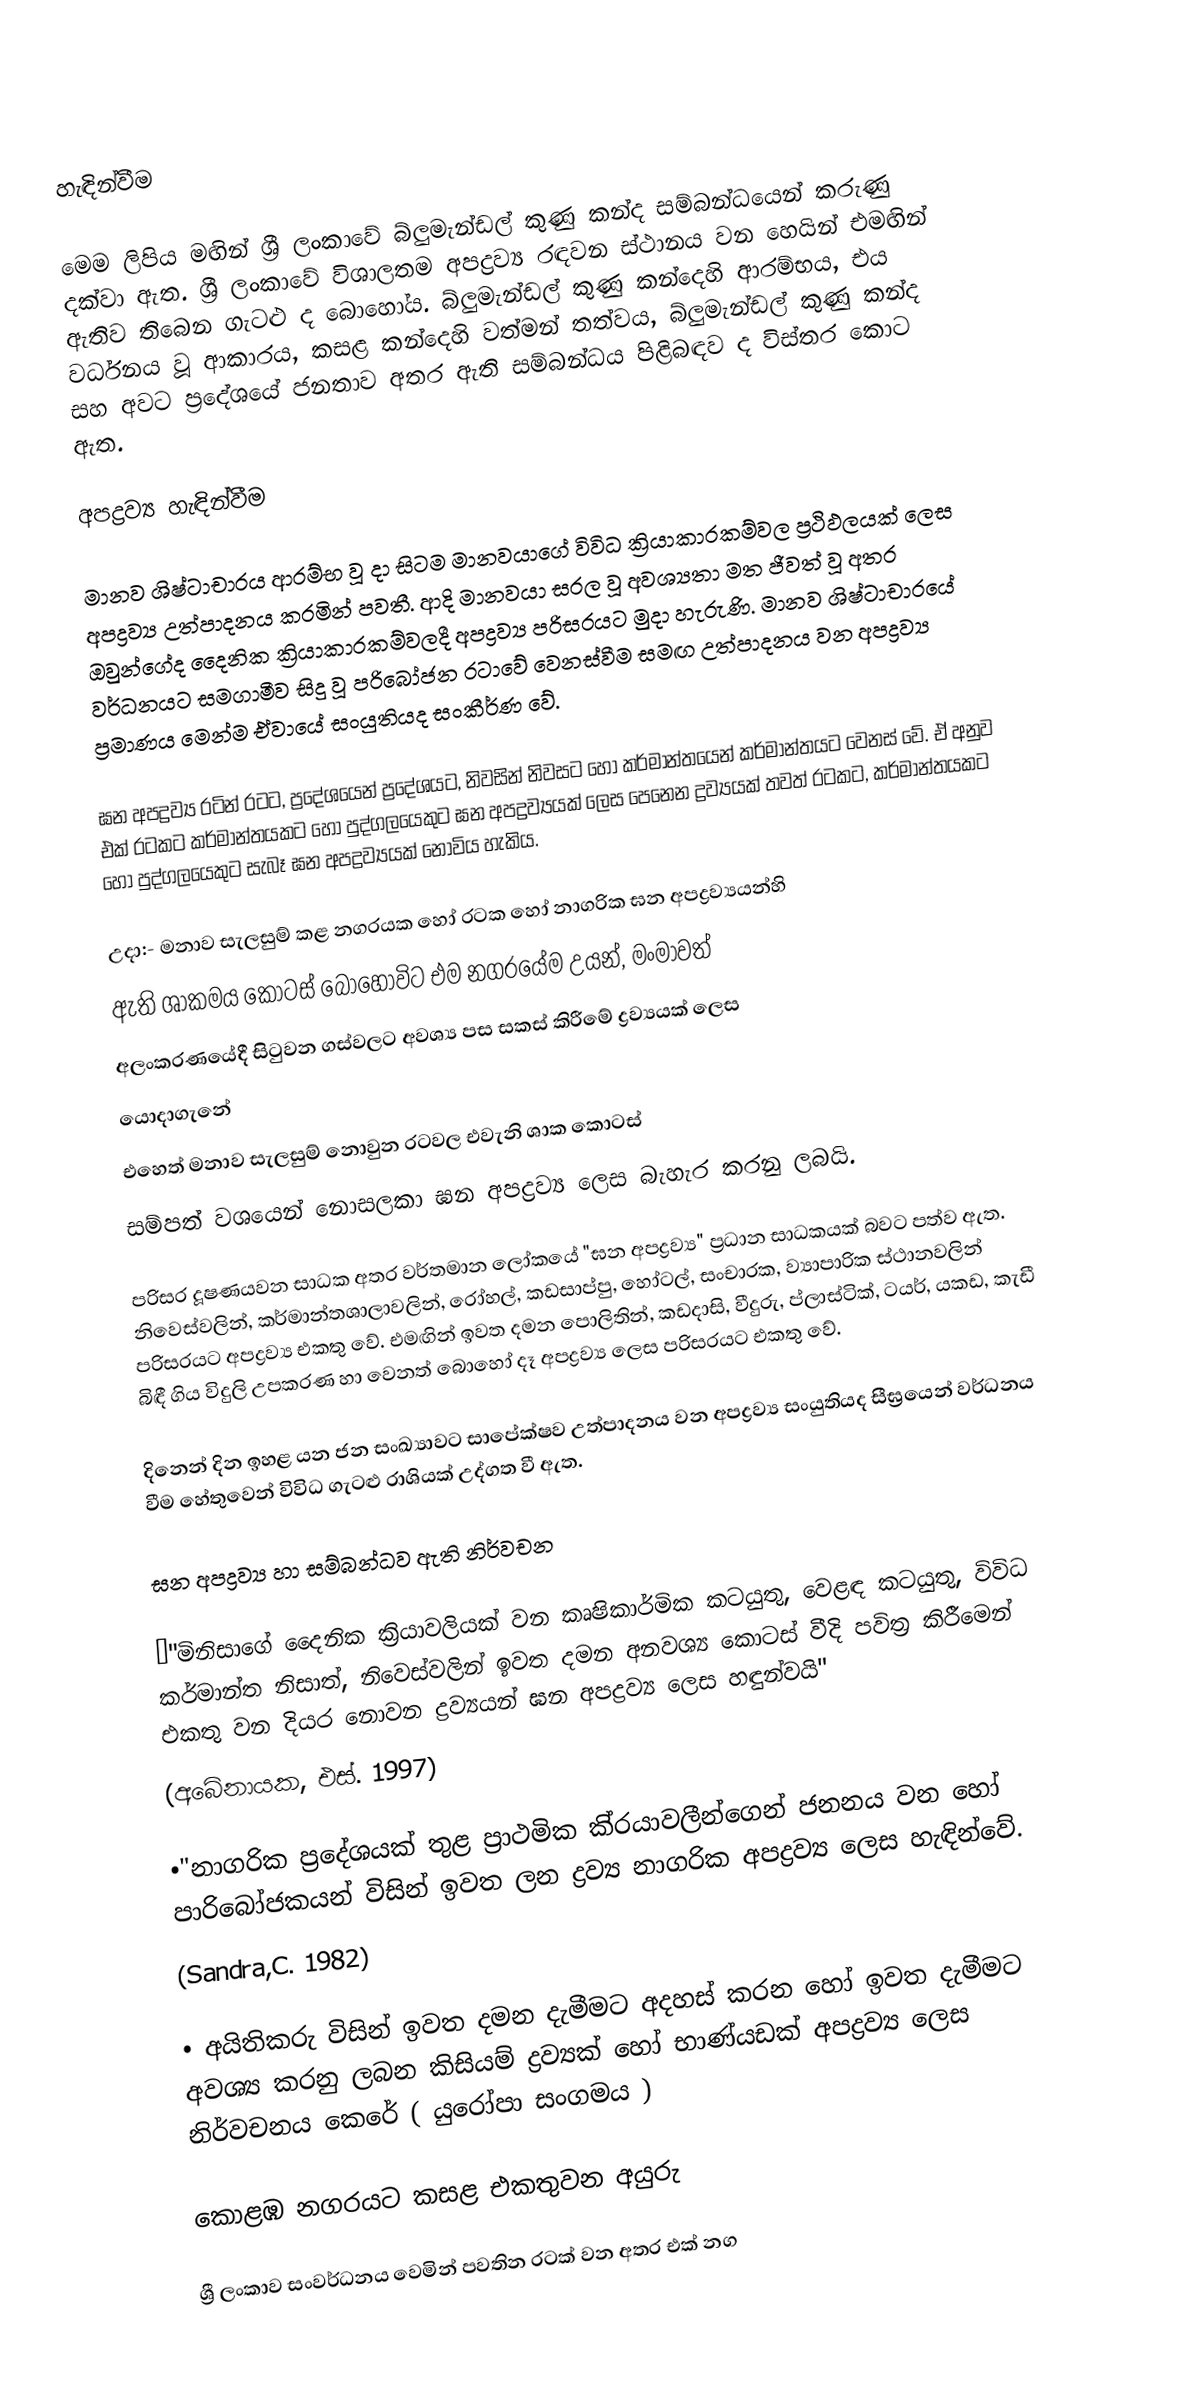

හැඳින්වීම

මෙම ලිපිය මඟින් ශ්‍රී ලංකාවේ බ්ලුමැන්ඩල් කුණු කන්ද සම්බන්ධයෙන් කරුණු දක්වා ඇත. ශ්‍රී ලංකාවේ විශාලතම අපද්‍රව්‍ය රඳවන ස්ථානය වන හෙයින් එමඟින් ඇතිව තිබෙන ගැටළු ද බොහෝය. බ්ලුමැන්ඩල් කුණු කන්දෙහි ආරම්භය, එය වර්ධනය වූ ආකාරය, කසළ කන්දෙහි වත්මන් තත්වය,  බ්ලුමැන්ඩල් කුණු කන්ද සහ අවට ප්‍රදේශයේ ජනතාව අතර ඇති සම්බන්ධය පිළිබඳව ද විස්තර කොට ඇත.

අපද්‍රව්‍ය  හැඳින්වීම

මානව ශිෂ්ටාචාරය ආරම්භ වූ දා සිටම මානවයාගේ විවිධ ක්‍රියාකාරකම්වල ප්‍රථිඵලයක් ලෙස අපද්‍රව්‍ය උත්පාදනය කරමින් පවතී. ආදි මානවයා සරල වූ අවශ්‍යතා මත ජීවත් වූ අතර ඔවුන්ගේද දෛනික ක්‍රියාකාරකම්වලදී අපද්‍රව්‍ය පරිසරයට මුදා හැරුණි. මානව ශිෂ්ටාචාරයේ වර්ධනයට සමගාමීව සිදු වූ පරිබෝජන රටාවේ වෙනස්වීම සමඟ උත්පාදනය වන අපද්‍රව්‍ය ප්‍රමාණය මෙන්ම ඒවායේ සංයුතියද සංකීර්ණ වේ.

ඝන අපද්‍රව්‍ය රටින් රටට, ප්‍රදේශයෙන් ප්‍රදේශයට, නිවසින් නිවසට හෝ කර්මාන්තයෙන් කර්මාන්තයට වෙනස් වේ. ඒ අනුව එක් රටකට  කර්මාන්තයකට හෝ පුද්ගලයෙකුට ඝන අපද්‍රව්‍යයක් ලෙස පෙනෙන ද්‍රව්‍යයක් තවත් රටකට, කර්මාන්තයකට හෝ පුද්ගලයෙකුට සැබෑ ඝන අපද්‍රව්‍යයක් නොවිය හැකිය.

උදා:- මනාව සැලසුම් කළ නගරයක හෝ රටක හෝ නාගරික ඝන අපද්‍රව්‍යයන්හි
ඇති ශාකමය කොටස් බොහෝවිට එම නගරයේම උයන්, මංමාවත්
අලංකරණයේදී සිටුවන ගස්වලට අවශ්‍ය පස සකස් කිරීමේ ද්‍රව්‍යයක් ලෙස
යොදාගැනේ
එහෙත් මනාව සැලසුම් නොවුන රටවල එවැනි ශාක කොටස්
සම්පත් වශයෙන් නොසලකා ඝන අපද්‍රව්‍ය ලෙස බැහැර කරනු ලබයි.

පරිසර දූෂණයවන සාධක අතර වර්තමාන ලෝකයේ "ඝන අපද්‍රව්‍ය" ප්‍රධාන සාධකයක් බවට පත්ව ඇත. නිවෙස්වලින්, කර්මාන්තශාලාවලින්, රෝහල්, කඩසාප්පු, හෝටල්, සංචාරක, ව්‍යාපාරික ස්ථානවලින් පරිසරයට අපද්‍රව්‍ය එකතු වේ. එමඟින් ඉවත දමන පොලිතින්, කඩදාසි, වීදුරු, ප්ලාස්ටික්, ටයර්, යකඩ, කැඩී බිඳී ගිය විදුලි උපකරණ හා වෙනත් බොහෝ දෑ  අපද්‍රව්‍ය ලෙස පරිසරයට එකතු වේ.

දිනෙන් දින ඉහළ යන ජන සංඛ්‍යාවට සාපේක්ෂව උත්පාදනය වන අපද්‍රව්‍ය සංයුතියද සීඝ්‍රයෙන් වර්ධනය වීම හේතුවෙන් විවිධ ගැටළු රාශියක් උද්ගත වී ඇත.

ඝන අපද්‍රව්‍ය හා සම්බන්ධව ඇති නිර්වචන

•"මිනිසාගේ දෛනික ක්‍රියාවලියක් වන කෘෂිකාර්මික කටයුතු, වෙළඳ කටයුතු, විවිධ කර්මාන්ත නිසාත්, නිවෙස්වලින් ඉවත දමන අනවශ්‍ය කොටස් වීදි පවිත්‍ර කිරීමෙන් එකතු වන දියර නොවන ද්‍රව්‍යයන් ඝන අපද්‍රව්‍ය ලෙස හඳුන්වයි"
(අබේනායක, එස්. 1997)

•"නාගරික ප්‍රදේශයක් තුළ ප්‍රාථමික කි්‍රයාවලීන්ගෙන් ජනනය වන හෝ පාරිබෝජකයන් විසින් ඉවත ලන ද්‍රව්‍ය නාගරික අපද්‍රව්‍ය ලෙස හැඳින්වේ.
(Sandra,C. 1982)

• අයිතිකරු විසින් ඉවත දමන දැමීමට අදහස් කරන හෝ ඉවත දැමීමට අවශ්‍ය කරනු ලබන කිසියම් ද්‍රව්‍යක් හෝ භාණ්යඩක් අපද්‍රව්‍ය ලෙස නිර්වචනය කෙරේ ( යුරෝපා සංගමය )

කොළඹ නගරයට කසළ එකතුවන අයුරු

ශ්‍රී ලංකාව සංවර්ධනය වෙමින් පවතින රටක් වන අතර එක් නග